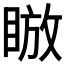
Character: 𪾰